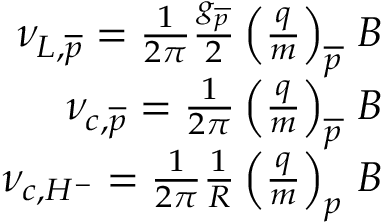
\begin{array} { r } { \nu _ { L , \overline { { p } } } = \frac { 1 } { 2 \pi } \frac { g _ { \overline { { p } } } } { 2 } \left( \frac { q } { m } \right) _ { \overline { { p } } } \, B } \\ { \nu _ { c , \overline { { p } } } = \frac { 1 } { 2 \pi } \left( \frac { q } { m } \right) _ { \overline { { p } } } \, B } \\ { \nu _ { c , H ^ { - } } = \frac { 1 } { 2 \pi } \frac { 1 } { R } \left( \frac { q } { m } \right) _ { p } \, B } \end{array}